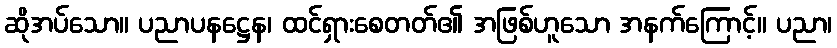
ဆိုအပ်သော။ ပညာပနဋ္ဌေန၊ ထင်ရှားစေတတ်၏ အဖြစ်ဟူသော အနက်ကြောင့်။ ပညာ၊